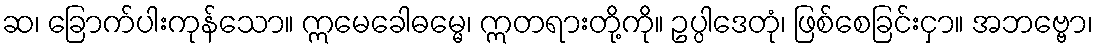
ဆ၊ ခြောက်ပါးကုန်သော။ ဣမေခေါဓမ္မေ၊ ဣတရားတို့ကို။ ဥပ္ပါဒေတုံ၊ ဖြစ်စေခြင်းငှာ။ အဘဗ္ဗော၊